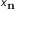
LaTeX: x _ { \mathbf { n } }